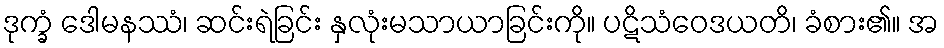
ဒုက္ခံ ဒေါမနဿံ၊ ဆင်းရဲခြင်း နှလုံးမသာယာခြင်းကို။ ပဋိသံဝေဒယတိ၊ ခံစား၏။ အ